Vaccine operations Central Provinces 1900-1911 - 1900-1911
Year: 1900
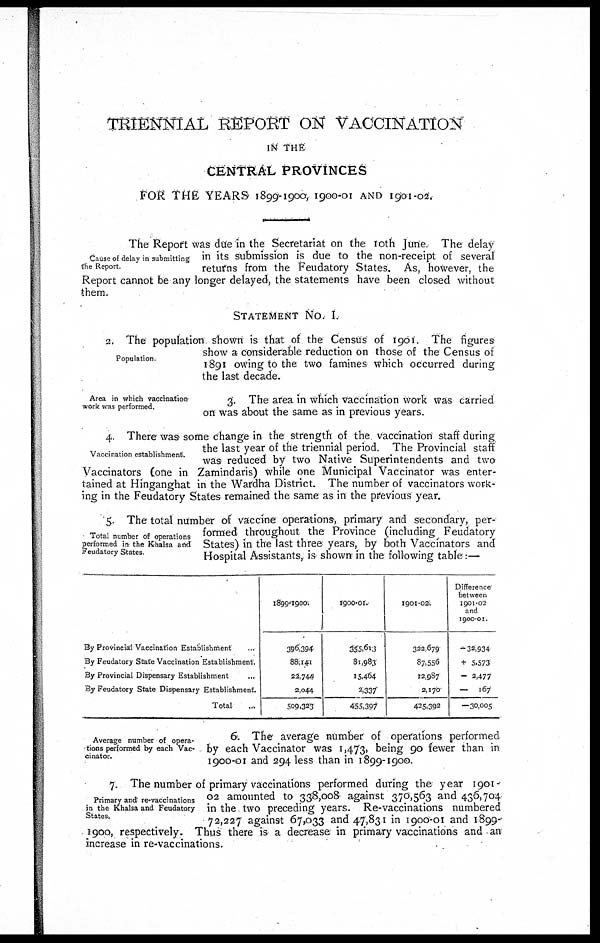
TRIENNIAL REPORT ON VACCINATION
IN THE
CENTRAL PROVINCES
FOR THE YEARS 1899-1900, 1900-01 AND 1901-02.
Cause of delay in submitting
the Report.
The Report was due in the Secretariat on the 10th June. The delay
in its submission is due to the non-receipt of several
returns from the Feudatory States. As, however, the
Report cannot be any longer delayed, the statements have been closed without
them.
STATEMENT NO. I.
Population.
2. The population shown is that of the Census of 1901. The figures
show a considerable reduction on those of the Census of
1891 owing to the two famines which occurred during
the last decade.
Area in which vaccination
work was performed.
3. The area in which vaccination work was carried
on was about the same as in previous years.
Vaccination establishment.
4. There was some change in the strength of the vaccination staff during
the last year of the triennial period. The Provincial staff
was reduced by two Native Superintendents and two
Vaccinators (one in Zamindaris) while one Municipal Vaccinator was enter-
tained at Hinganghat in the Wardha District. The number of vaccinators work-
ing in the Feudatory States remained the same as in the previous year.
Total number of operations
performed in the Khalsa and
Feudatory States
5. The total number of vaccine operations, primary and secondary, per¬
formed throughout the Province (including Feudatory
States) in the last three years, by both Vaccinators and
Hospital Assistants, is shown in the following table:—
By Provincial Vaccination Establishment ...
By Feudatory State Vaccination Establishment.
By Provincial Dispensary Establishment ...
By Feudatory State Dispensary Establishment.
Total ...
1899-1900.
396,394
88,141
25,744
2,044
509,323
1900-01.
355,613
81,983
15,464
2,337
455,397
1901-02.
322,679
87,556
12,987
2,170
425,392
Difference
between
1901-02
and
1900-01.
-32,934
+ 5,573
- 2,477
-
167
-30,005
Average number of opera-
tions performed by each Vac¬
cinator.
6. The average number of operations performed
by each Vaccinator was 1,473, being 90 fewer than in
1900-01 and 294 less than in 1899-1900.
Primary and re-vaccinations
in the Khalsa and Feudatory
States.
7. The number of primary vaccinations performed during the year 1901¬
02 amounted to 338,008 against 370,563 and 436,704
in the two preceding years. Re-vaccinations numbered
72,227 against 67,033 and 47,831 in 1900-01 and 1899-
1900, respectively. Thus there is a decrease in primary vaccinations and an
increase in re-vaccinations.